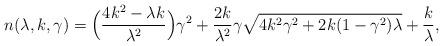
LaTeX: \begin{align*}n(\lambda,k,\gamma)=\Big(\frac{4k^2-\lambda k}{\lambda^2}\Big)\gamma^2+\frac{2k}{\lambda^2}\gamma\sqrt{4k^2\gamma^2+2k(1-\gamma^2)\lambda}+\frac{k}{\lambda},\end{align*}